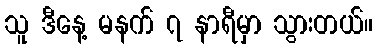
သူ ဒီနေ့ မနက် ၇ နာရီမှာ သွားတယ်။